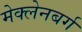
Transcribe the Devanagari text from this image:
मेक्लेनबर्ग